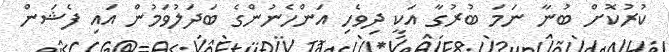
ކުރުކޮށް ބުނާ ނަމަ ބުރުގާ އަކީ ދިވެހި އަންހެނުންގެ ބަދަލުވަމުން އައި ފެޝަން